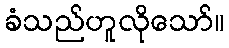
ခံသည်ဟူလိုသော်။